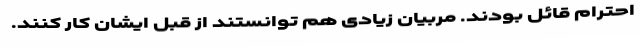
احترام قائل بودند. مربیان زیادی هم توانستند از قبل ایشان کار کنند.